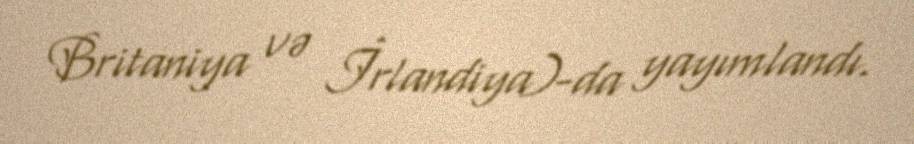
Britaniya və İrlandiya)-da yayımlandı.